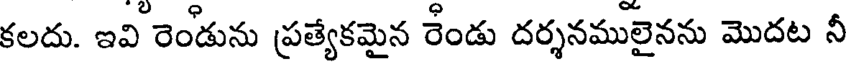
కలదు. ఇవి రెండును ప్రత్యేకమైన రేండు దర్శనములైనను మొదట నీ